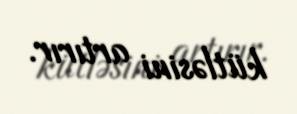
kütləsini artırır.